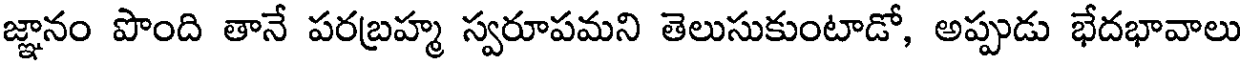
జ్ఞానం పొంది తానే పరబ్రహ్మ స్వరూపమని తెలుసుకుంటాడో, అప్పుడు భేదభావాలు